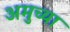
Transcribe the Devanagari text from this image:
अमुच्या